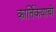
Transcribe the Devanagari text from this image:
कार्तिकेयाची